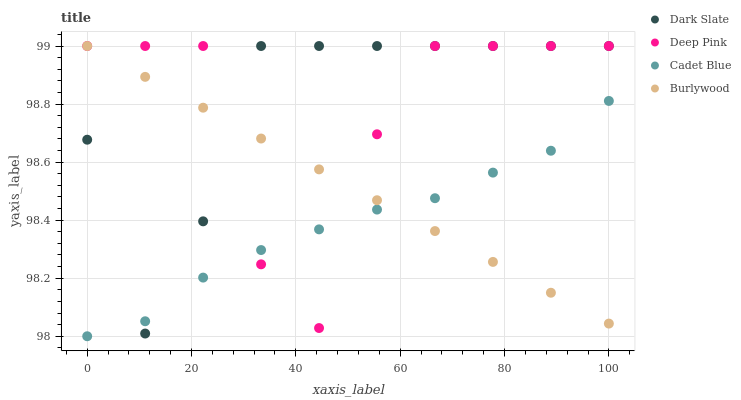
| xaxis_label | Dark Slate | Deep Pink | Cadet Blue | Burlywood |
 | --- | --- | --- | --- | --- |
 | 0 | 98.7 | 99 | 98 | 99 |
 | 11.1 | 98 | 99 | 98.1 | 98.9 |
 | 22.2 | 98.4 | 99 | 98.2 | 98.8 |
 | 33.3 | 99 | 98.2 | 98.3 | 98.7 |
 | 44.4 | 99 | 98 | 98.4 | 98.6 |
 | 55.6 | 99 | 98.7 | 98.4 | 98.5 |
 | 66.7 | 99 | 99 | 98.5 | 98.4 |
 | 77.8 | 99 | 99 | 98.6 | 98.3 |
 | 88.9 | 99 | 99 | 98.6 | 98.1 |
 | 100 | 99 | 99 | 98.8 | 98 |